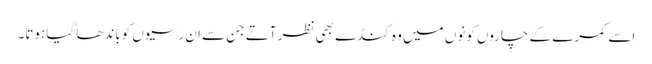
اسے کمرے کے چاروں کونوں میں وہ کنڈے بھی نظر آتے جن سے ان رسیوں کوباندھا گیا ہوتا۔